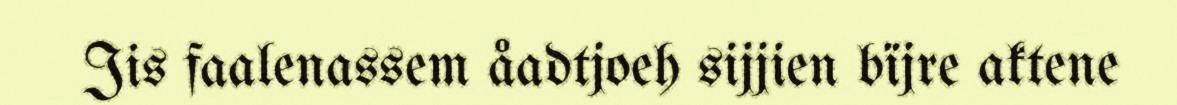
Jis faalenassem åadtjoeh sijjien bïjre aktene